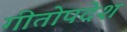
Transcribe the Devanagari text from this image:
गीतोपदेश